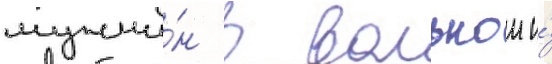
мужчи́н в вольнои и́